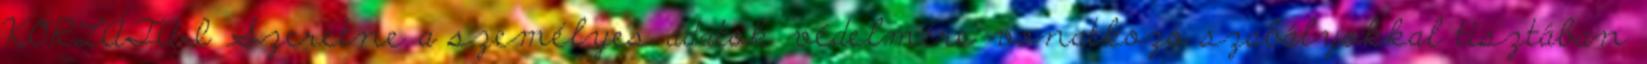
KORLÁTAI Szeretne a személyes adatok védelmére vonatkozó szabályokkal tisztában